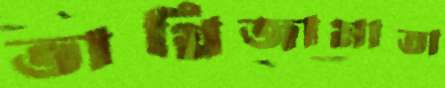
ভাগ্নিজামাতা